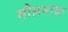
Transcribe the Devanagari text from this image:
मीलनाचा